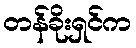
တန်ခိုးရှင်က